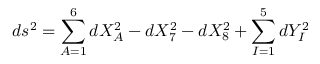
d s ^ { 2 } = \sum _ { A = 1 } ^ { 6 } d X _ { A } ^ { 2 } - d X _ { 7 } ^ { 2 } - d X _ { 8 } ^ { 2 } + \sum _ { I = 1 } ^ { 5 } d Y _ { I } ^ { 2 }